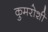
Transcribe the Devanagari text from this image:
कुमरोशी